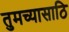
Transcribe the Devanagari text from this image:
तुमच्यासाठि